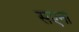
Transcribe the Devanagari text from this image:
सएना